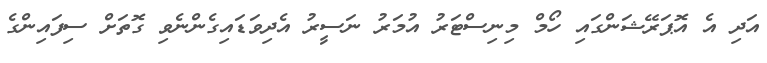
އަދި އެ އޮޕަރޭޝަންގައި ހޯމް މިނިސްޓަރު އުމަރު ނަސީރު އެދިވަޑައިގެންނެވި ގޮތަށް ސިފައިންގެ